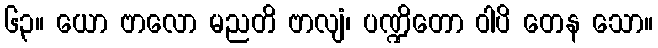
၆၃။ ယော ဗာလော မညတိ ဗာလျံ၊ ပဏ္ဍိတော ဝါပိ တေန သော။